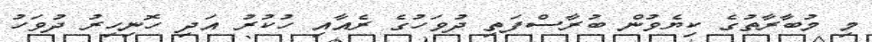
މި މުބާރާތުގެ ކިޔެވުން ބުރާސްފަތި ދުވަހުގެ ރެއާއި ހުކުރު އަދި ހޮނިހިރު ދުވަހު